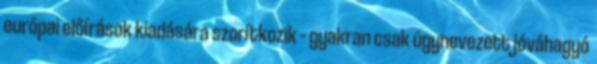
európai előírások kiadására szorítkozik – gyakran csak úgynevezett jóváhagyó